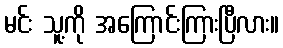
မင်း သူ့ကို အကြောင်းကြားပြီလား။